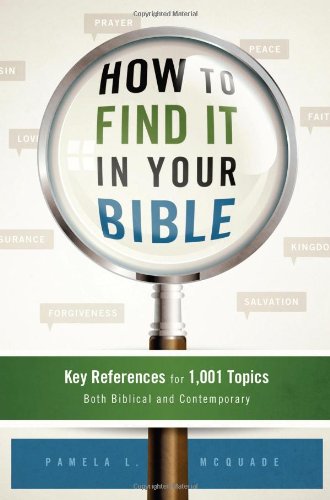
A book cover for HOW TO FIND IT IN YOUR BIBLE; Pamela L. McQuade; Christian Books & Bibles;